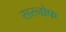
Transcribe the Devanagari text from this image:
सरनोफ